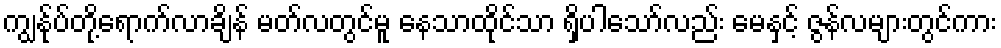
ကျွန်ုပ်တို့ရောက်လာချိန် မတ်လတွင်မူ နေသာထိုင်သာ ရှိပါသော်လည်း မေနှင့် ဇွန်လများတွင်ကား